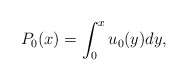
\begin{align*}P_{0}(x)=\int_{0}^{x}u_{0}(y)dy,\end{align*}